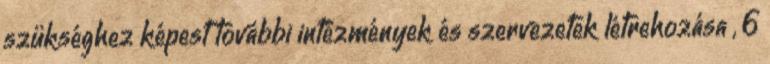
szükséghez képest további intézmények és szervezetek létrehozása , 6